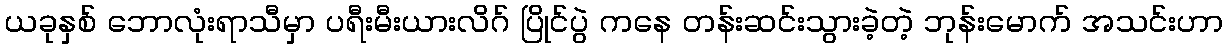
ယခုနှစ် ဘောလုံးရာသီမှာ ပရီးမီးယားလိဂ် ပြိုင်ပွဲ ကနေ တန်းဆင်းသွားခဲ့တဲ့ ဘုန်းမောက် အသင်းဟာ